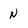
Character: N